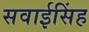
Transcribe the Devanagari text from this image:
सवाईसिंह